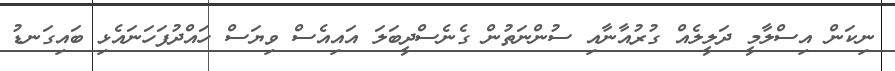
ނިކަން އިސްލާމީ ދަލީލެއް ގުރުއާނާއި ސުންނަތުން ގެނެސްދީބަލަ އައިއެސް ވިޔަސް ހައްދުފަހަނައެޅި ބައިގަނޑު